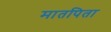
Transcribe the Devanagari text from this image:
मातपिता